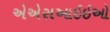
એએસઆઇઇઓ